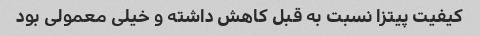
کیفیت پیتزا نسبت به قبل کاهش داشته و خیلی معمولی بود